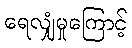
ရေလျှံမှုကြောင့်